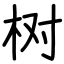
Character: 树